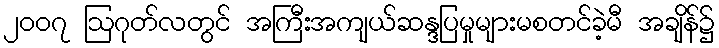
၂၀၀၇ ဩဂုတ်လတွင် အကြီးအကျယ်ဆန္ဒပြမှုများမစတင်ခဲ့မီ အချိန်၌